system: You are a helpful assistant.
user:
Analyze the provided spectrum to determine if it is a **White Dwarf (WD)**.

A White Dwarf spectrum is defined by its **extreme purity** (due to gravitational settling) and/or **extreme pressure broadening** (due to high surface gravity). You must check for one of the following mutually exclusive signatures:

- **Key Visual Indicators (Check for ONE of these types):**

    - **1. DA-Type Signature (Most Common):**
        - **(Primary Feature):** Extreme pressure broadening (Stark broadening) of the **Hydrogen (H) Balmer lines**.
        - **(Key Lines):** $H\beta$ (approx. $4861$ Å) and $H\gamma$ (approx. $4340$ Å). $H\alpha$ (approx. $6563$ Å) will also be present if the wavelength range covers it.
        - **(Line Profile):** This is the **defining feature**. The lines are **NOT** sharp. They appear as massive, **extremely broad and deep "troughs" or "dips"** in the spectrum, often hundreds of Ångströms wide. The continuum will appear to "scoop" down at these wavelengths.
        - **(Distinction):** Normal A-type or B-type stars have *narrow* and *sharp* Hydrogen lines. A DA White Dwarf's lines are unmistakably "smeared" or "blurry" from pressure.

    - **2. DB-Type Signature:**
        - **(Primary Feature):** Broad absorption lines from **Neutral Helium (He I)**. The spectrum must lack any visible Hydrogen lines.
        - **(Key Lines):** Look for broad absorption near $4471$ Å, $4921$ Å, and $5876$ Å.
        - **(Line Profile):** These lines are also significantly pressure-broadened, appearing much wider than they would in a normal B-type main-sequence star.

    - **3. DC-Type Signature:**
        - **(Primary Feature):** A **featureless continuous spectrum**.
        - **(Line Profile):** The spectrum is a smooth curve with **no significant absorption or emission lines**.
        - **(Key Confirmation):** The continuum is almost always **blue or white**, indicating a hot object. This signature implies the atmosphere is so pure (or so cool) that no spectral lines are visible in the optical range. Its WD identity is confirmed by its extremely low intrinsic brightness (high absolute magnitude).

    - **4. DZ-Type Signature (Metal-Polluted):**
        - **(Primary Feature):** **Isolated, narrow metal absorption lines** on an otherwise featureless (DC-like) continuum.
        - **(Key Lines):** The **Calcium (Ca II) H & K doublet** (approx. **$3934$ Å** and **$3968$ Å**) is the most common and defining feature.
        - **(Line Profile):** These lines are "out of place." They are *not* part of a "forest" of thousands of lines. This signature is evidence of recent *accretion* (pollution) from rocky debris.
        - **(Distinction):** Normal G/K/M stars have a *dense forest* of thousands of metal lines. A DZ has a *clean* continuum with *only a few* strong metal lines.

    - **5. DQ-Type Signature (Carbon-Polluted):**
        - **(Primary Feature):** Absorption bands from **Carbon (C₂ "Swan Bands" or atomic C I)**.
        - **(Key Lines - C₂):** Look for bandheads with a "saw-tooth" shape near $5635$ Å, **$5165$ Å** (strongest), and $4737$ Å.
        - **(Key Confirmation):** The underlying **continuum must be blue or white** (hot).
        - **(Distinction):** This is the critical difference from a **Carbon Star**, which has the *exact same* C₂ bands but on an extremely **red, cool** continuum.

- **(Overall Spectrum):**
    - The continuum (overall shape) is typically **blue-sloping** (brighter in the blue than the red), as most white dwarfs are very hot.
    - The spectrum will look "pure" or "simple," dominated by only *one* of the five signatures listed above.

Think first, call **spectral_visualization_tool** if needed to examine features in detail, then provide your final answer. Your response must adhere to the following strict rules:
1.  **Overall Structure:** Your response must follow the format `<think>...</think> <tool_call>...</tool_call> (if a tool is used) <answer>...</answer>`.
2.  **Tool Usage Constraint:** You may only make **one** tool call per turn.
3.  **Final Answer Format:** In the `<answer>` tag, your conclusion must be inside a `\boxed{}` command (e.g., `\boxed{YES}` or `\boxed{NO}`), followed by your justification.

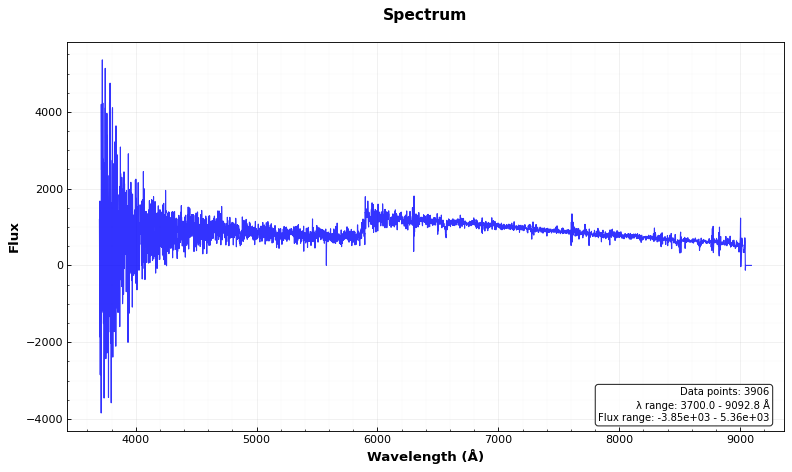
Answer: NO